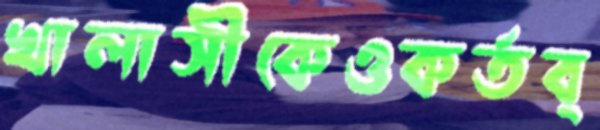
খালাসীকেওকর্তব্